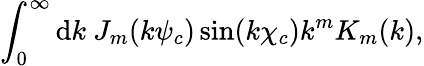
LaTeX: \int_{0}^{\infty}\mathrm{d}k\ J_{m}(k\psi_{c})\sin(k\chi_{c})k^{m}K_{m}(k),